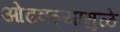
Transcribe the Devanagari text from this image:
ओढवल्यामुळे